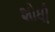
શોધી